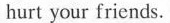
hurt your friends.